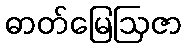
ဓာတ်မြေဩဇာ